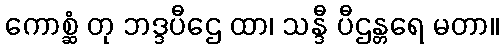
ကောစ္ဆံ တု ဘဒ္ဒပီဌေ ထာ၊ သန္ဒီ ပီဌန္တရေ မတာ။